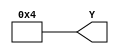
// Copyright (C) 2020  Intel Corporation. All rights reserved.
// Your use of Intel Corporation's design tools, logic functions 
// and other software and tools, and any partner logic 
// functions, and any output files from any of the foregoing 
// (including device programming or simulation files), and any 
// associated documentation or information are expressly subject 
// to the terms and conditions of the Intel Program License 
// Subscription Agreement, the Intel Quartus Prime License Agreement,
// the Intel FPGA IP License Agreement, or other applicable license
// agreement, including, without limitation, that your use is for
// the sole purpose of programming logic devices manufactured by
// Intel and sold by Intel or its authorized distributors.  Please
// refer to the applicable agreement for further details, at
// https://fpgasoftware.intel.com/eula.

// PROGRAM		"Quartus Prime"
// VERSION		"Version 20.1.1 Build 720 11/11/2020 SJ Lite Edition"
// CREATED		"Tue Aug 15 10:01:43 2023"

module Four(
	Y
);


output wire	[31:0] Y;

wire	[31:0] Y_ALTERA_SYNTHESIZED;




































assign	Y = Y_ALTERA_SYNTHESIZED;
assign	Y_ALTERA_SYNTHESIZED[0] = 0;
assign	Y_ALTERA_SYNTHESIZED[1] = 0;
assign	Y_ALTERA_SYNTHESIZED[2] = 1;
assign	Y_ALTERA_SYNTHESIZED[3] = 0;
assign	Y_ALTERA_SYNTHESIZED[4] = 0;
assign	Y_ALTERA_SYNTHESIZED[5] = 0;
assign	Y_ALTERA_SYNTHESIZED[6] = 0;
assign	Y_ALTERA_SYNTHESIZED[7] = 0;
assign	Y_ALTERA_SYNTHESIZED[8] = 0;
assign	Y_ALTERA_SYNTHESIZED[9] = 0;
assign	Y_ALTERA_SYNTHESIZED[10] = 0;
assign	Y_ALTERA_SYNTHESIZED[11] = 0;
assign	Y_ALTERA_SYNTHESIZED[12] = 0;
assign	Y_ALTERA_SYNTHESIZED[13] = 0;
assign	Y_ALTERA_SYNTHESIZED[14] = 0;
assign	Y_ALTERA_SYNTHESIZED[15] = 0;
assign	Y_ALTERA_SYNTHESIZED[16] = 0;
assign	Y_ALTERA_SYNTHESIZED[17] = 0;
assign	Y_ALTERA_SYNTHESIZED[18] = 0;
assign	Y_ALTERA_SYNTHESIZED[19] = 0;
assign	Y_ALTERA_SYNTHESIZED[20] = 0;
assign	Y_ALTERA_SYNTHESIZED[21] = 0;
assign	Y_ALTERA_SYNTHESIZED[22] = 0;
assign	Y_ALTERA_SYNTHESIZED[23] = 0;
assign	Y_ALTERA_SYNTHESIZED[24] = 0;
assign	Y_ALTERA_SYNTHESIZED[25] = 0;
assign	Y_ALTERA_SYNTHESIZED[26] = 0;
assign	Y_ALTERA_SYNTHESIZED[27] = 0;
assign	Y_ALTERA_SYNTHESIZED[28] = 0;
assign	Y_ALTERA_SYNTHESIZED[29] = 0;
assign	Y_ALTERA_SYNTHESIZED[30] = 0;
assign	Y_ALTERA_SYNTHESIZED[31] = 0;

endmodule